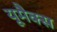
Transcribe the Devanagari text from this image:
यूमैक्स